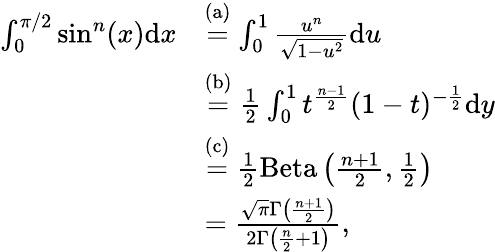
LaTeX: \begin{array}{rl}{\int_{0}^{\pi/2}\sin^{n}(x)\mathrm{d}x}&{\stackrel{\mathrm{(a)}}=\int_{0}^{1}\frac{u^{n}}{\sqrt{1-u^{2}}}\mathrm{d}u}\\ &{\stackrel{\mathrm{(b)}}=\frac{1}{2}\int_{0}^{1}t^{\frac{n-1}{2}}(1-t)^{-\frac{1}{2}}\mathrm{d}y}\\ &{\stackrel{\mathrm{(c)}}=\frac{1}{2}\mathrm{Beta}\left(\frac{n+1}{2},\frac{1}{2}\right)}\\ &{=\frac{\sqrt{\pi}\Gamma\left(\frac{n+1}{2}\right)}{2\Gamma\left(\frac{n}{2}+1\right)},}\end{array}